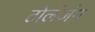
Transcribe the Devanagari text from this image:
टोलंजंग